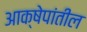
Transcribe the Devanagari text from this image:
आक्षेपांतील